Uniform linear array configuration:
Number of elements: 12
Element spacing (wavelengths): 1
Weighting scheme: uniform
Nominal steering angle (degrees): -15
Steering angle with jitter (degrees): -15.805
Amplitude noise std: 0.05
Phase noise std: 0.05

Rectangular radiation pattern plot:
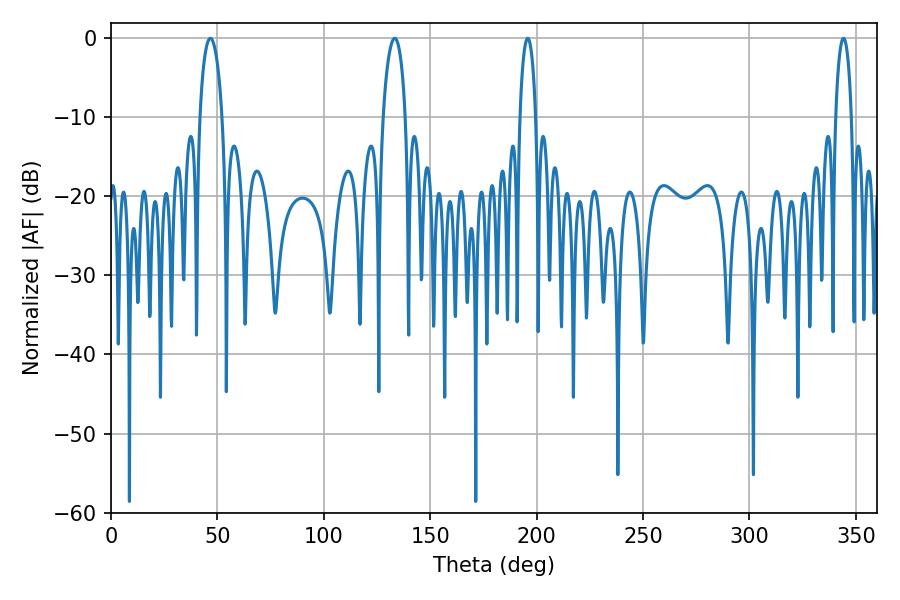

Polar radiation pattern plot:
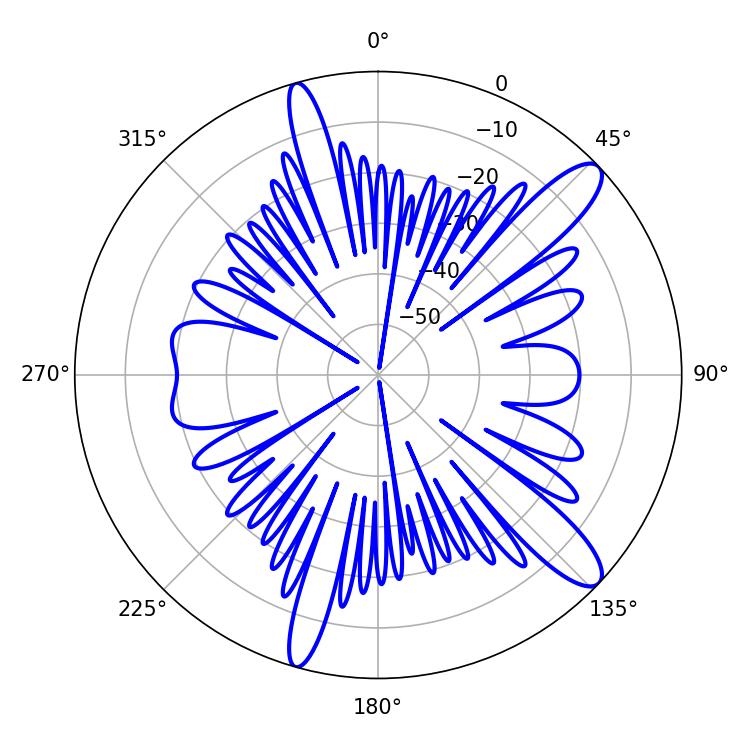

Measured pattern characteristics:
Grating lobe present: TRUE
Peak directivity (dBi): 12.173
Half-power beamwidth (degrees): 4.32
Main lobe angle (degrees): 195.84